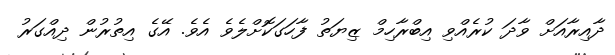
ދާއިރާއަށް ވާދަ ކުރެއްވި އިބްރާހިމް ޒިޔަތު ފާހަގަކޮށްލެވެ އެވެ. އޭގެ އިތުރުން ދިއްގަރު